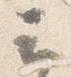
云